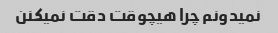
نمیدونم چرا هیچوقت دقت نمیکنن